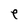
Character: e